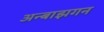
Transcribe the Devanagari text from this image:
अन्बाझगन